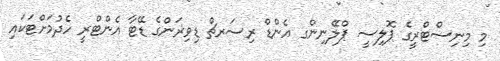
މި މިނިސްޓްރީގެ ޕޮލިސީ ޕްލޭނިންގ އެންޑް ރިސަރޗް ޑިވިޜަންގެ ޑޭޓާ އެންޓްރީ ހެދުމަށްޓަކައި